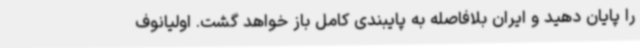
را پایان دهید و ایران بلافاصله به پایبندی کامل باز خواهد گشت. اولیانوف